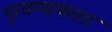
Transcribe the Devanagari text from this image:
पुरवण्याकरता